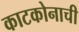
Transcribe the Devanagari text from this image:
काटकोनाची